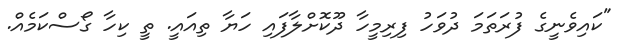
"ކައިވެނީގެ ފުރަތަމަ ދުވަހު ފިރިމީހާ ދޫކޮށްލާފައި ހަޔާ ތިއައީ. ތީ ކިހާ ގޯސްކަމެއް.